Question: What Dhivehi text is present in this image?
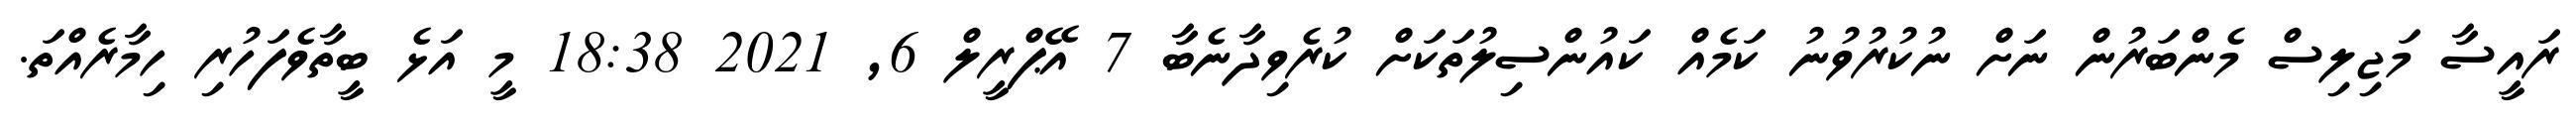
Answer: ރައީސާ މަޖިލިސް މެންބަރުން ނަށް ނުކުރުވުނު ކަމެއް ކައުންސިލުތަކަށް ކުރެވިދާނެބާ 7 އޭޕްރީލް 6, 2021 18:38 މީ އަޅެ ބީތާވެފަހުރި ހިމާރެއްތަ.